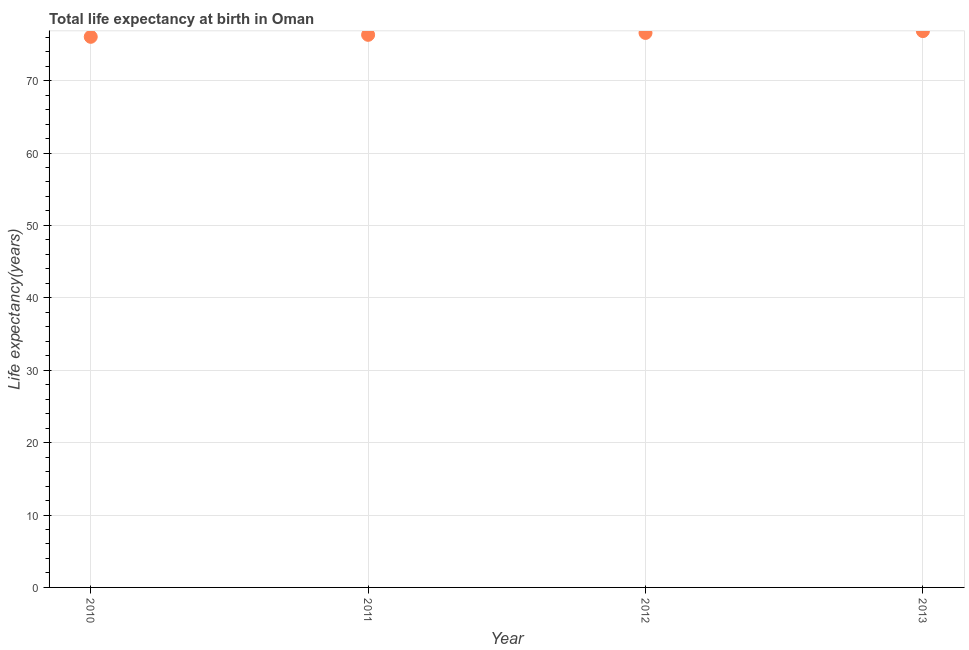
| Year | Life expectancy at birth |
 | --- | --- |
 | 2010 | 76.1 |
 | 2011 | 76.3 |
 | 2012 | 76.6 |
 | 2013 | 76.8 |